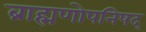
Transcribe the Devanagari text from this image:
ब्राह्मणोपनिषद्